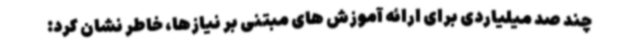
چند صد میلیاردی برای ارائه آموزش های مبتنی بر نیازها، خاطر نشان کرد: